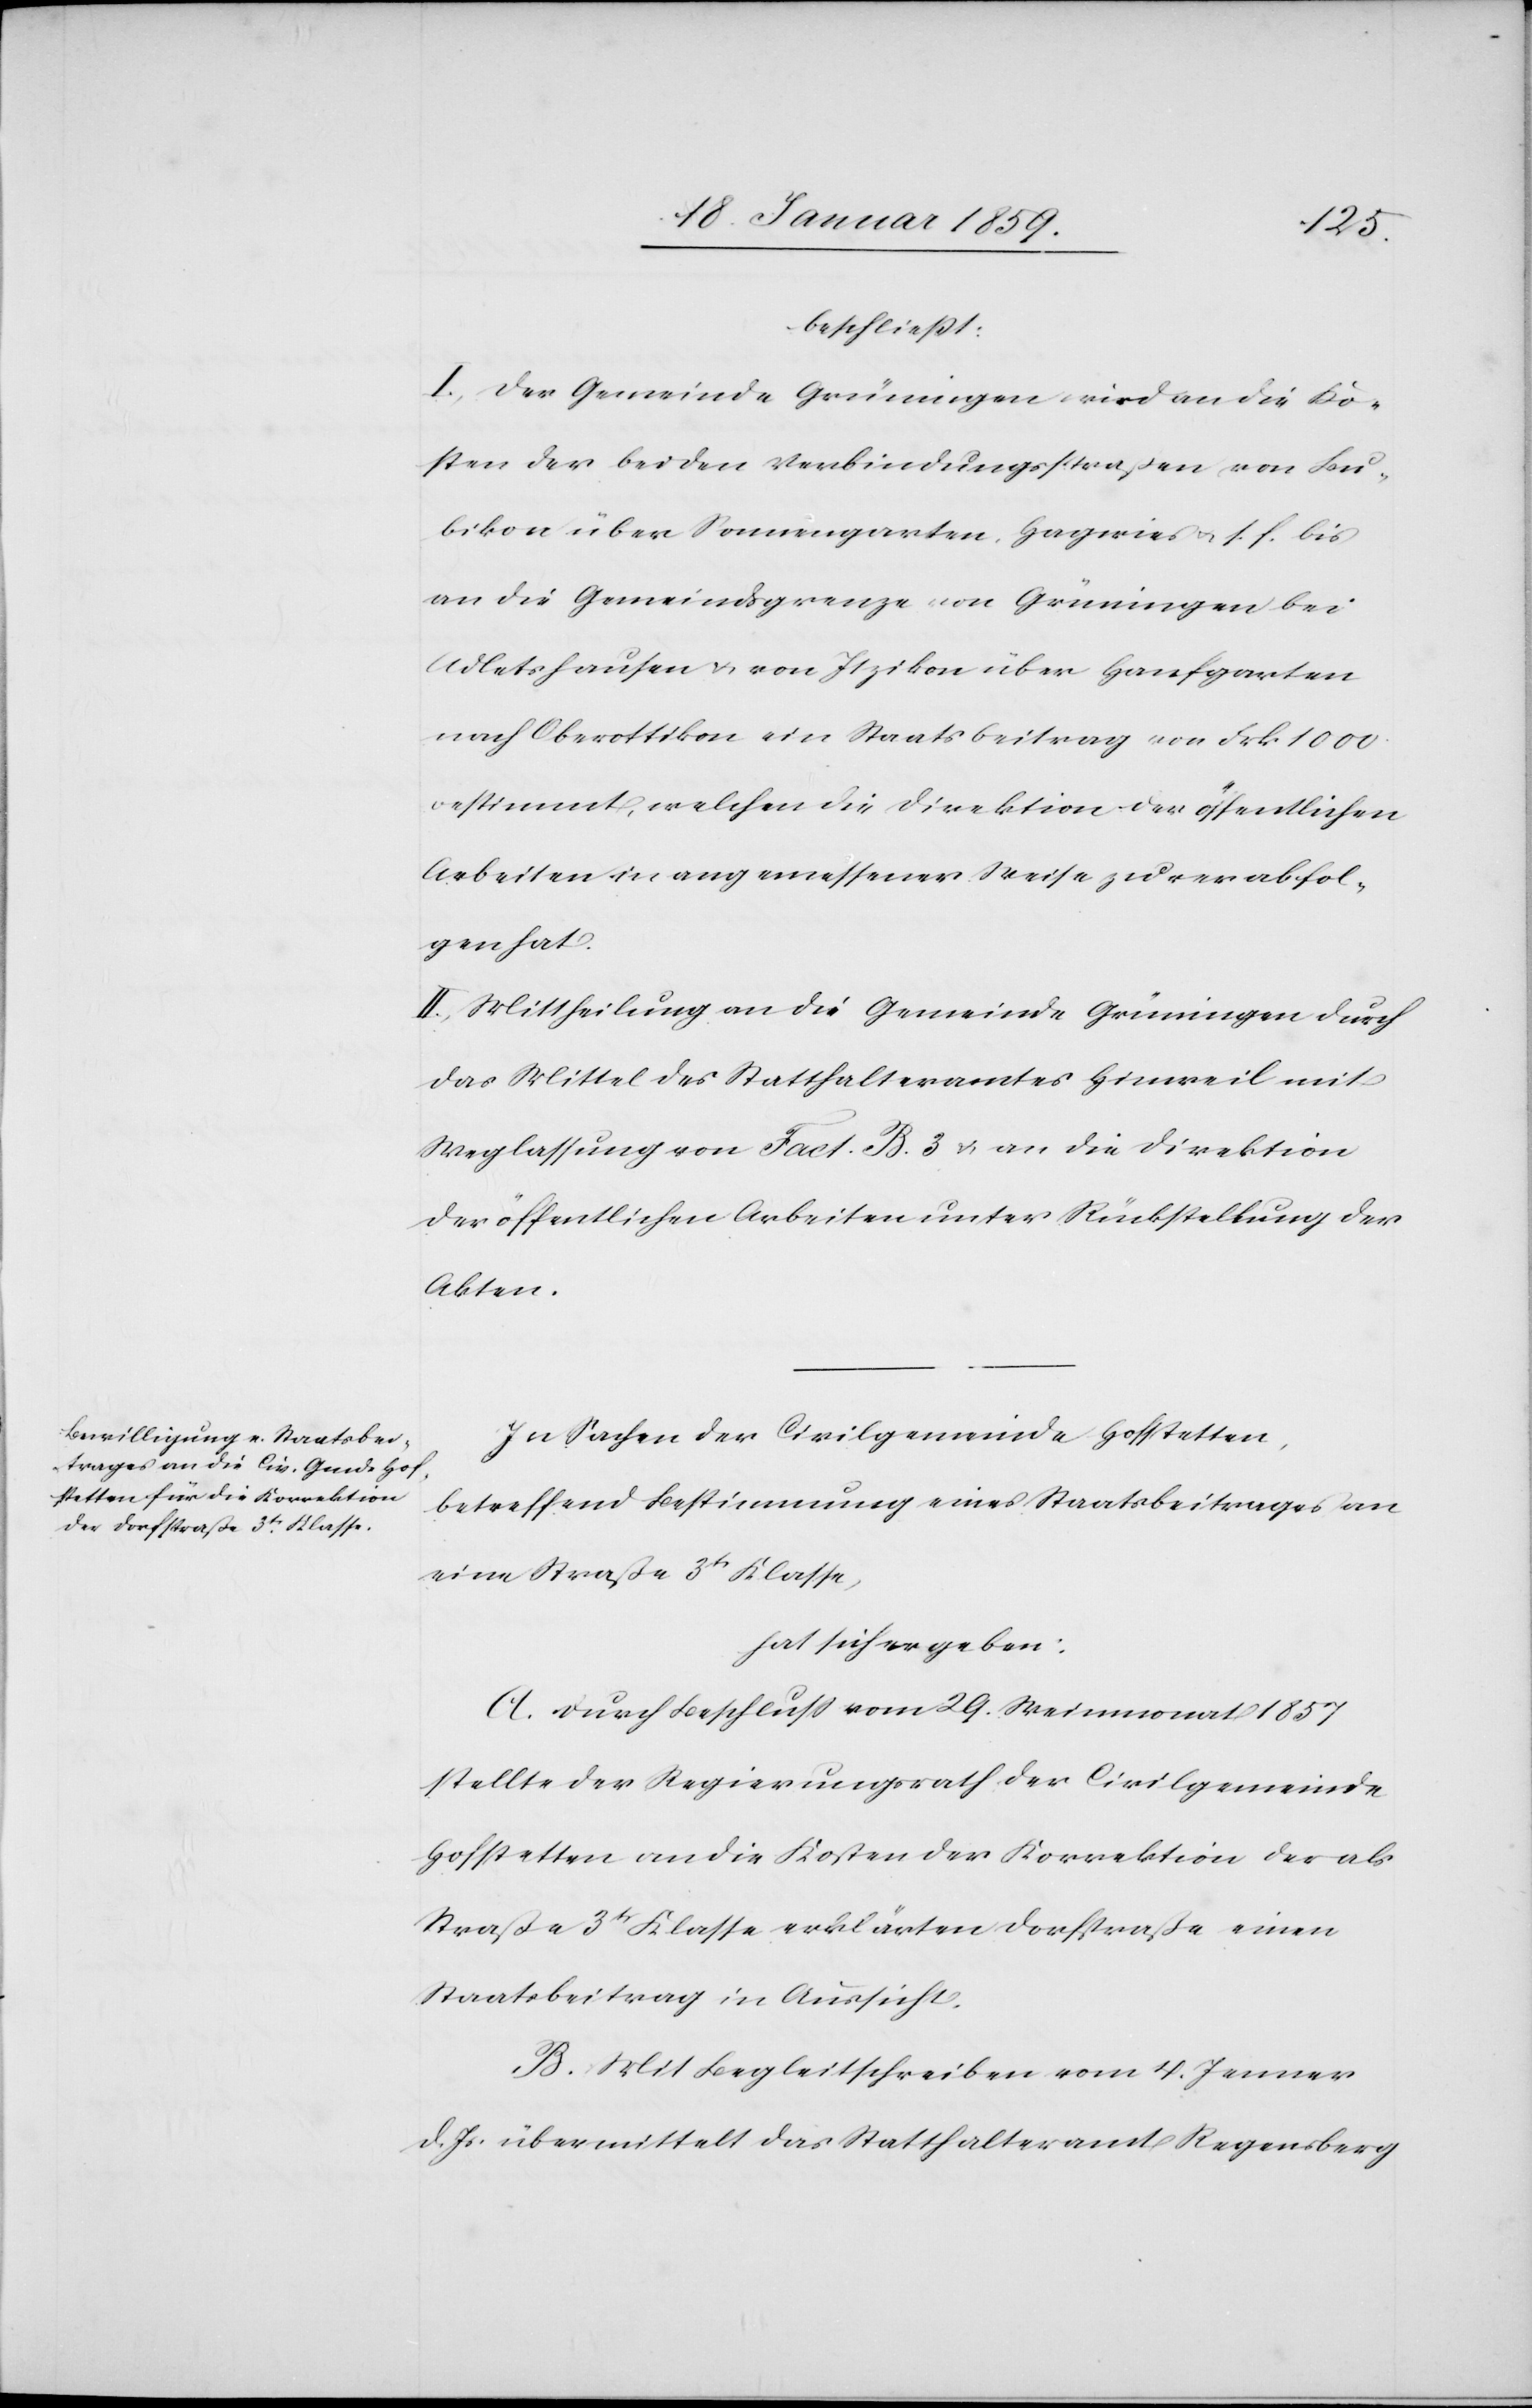
beschließt:
I. Der Gemeinde Grüningen wird an die Ko¬
sten der beiden Verbindungsstraßen von Bu¬
bikon über Sonnengarten, Hagwies u. s. f. bis
an die Gemeindsgrenze von Grüningen bei
Adletshausen u. von Itzikon über Hanfgarten
nach Oberottikon ein Staatsbeitrag von Frk. 1000
bestimmt, welchen die Direktion der öffentlichen
Arbeiten in angemessener Weise zu verabfol¬
gen hat.
II Mittheilung an die Gemeinde Grüningen durch
das Mittel des Statthalteramtes Hinweil mit
Weglassung von Fact. B. 3 u. an die Direktion
der öffentlichen Arbeiten unter Rückstellung der
Akten.
In Sachen der Civilgemeinde Hofstetten,
betreffend Bestimmung eines Staatsbeitrages an
eine Straße 3tr Klasse,
hat sich ergeben:
A. Durch Beschluß vom 29. Weinmonat 1857
stellte der Regierungsrath der Civilgemeinde
Hofstetten an die Kosten der Korrektion der als
Straße 3tr Klasse erklärten Dorfstraße einen
Staatsbeitrag in Aussicht.
B. Mit Begleitschreiben vom 4. Januar
d. Js. übermittelt das Statthalteramt Regensberg